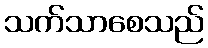
သက်သာစေသည်